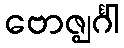
ဗောဇ္ဈင်္ဂါ